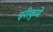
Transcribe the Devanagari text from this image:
इरीकुमे